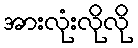
အားလုံးလိုလို